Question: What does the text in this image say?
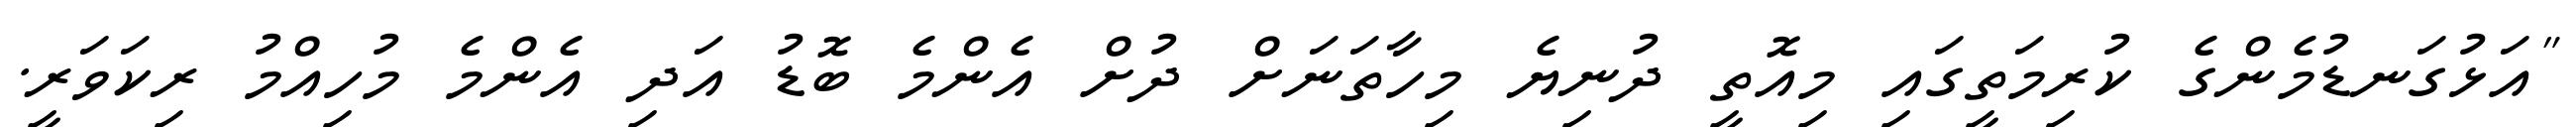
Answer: "އަޅުގަނޑުމެންގެ ކުރިމަތީގައި މިއޮތީ ދުނިޔެ މިހާތަނަށް ދުށް އެންމެ ބޮޑު އަދި އެންމެ މުހިއްމު ރިކަވަރީ.